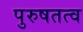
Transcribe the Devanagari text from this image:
पुरुषतत्व